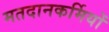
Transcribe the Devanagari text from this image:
मतदानकर्मियों